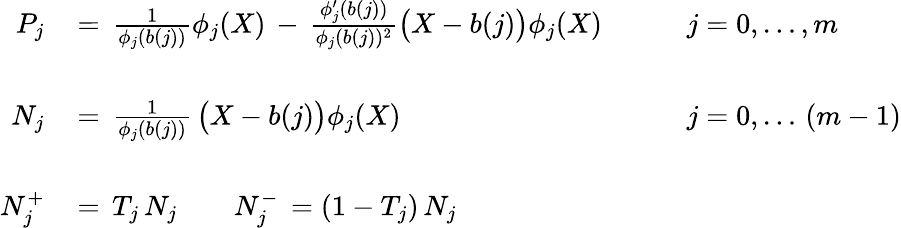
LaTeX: \begin{array}{rll}{{P_{j}\, }}&{{=\, \frac 1{\phi_{j}(b(j))}\phi_{j}(X)\, -\, \frac{\phi_{j}^{\prime}(b(j))}{\phi_{j}(b(j))^{2}}\bigl(X-b(j)\bigr)\phi_{j}(X)\qquad}}&{{j=0,\ldots,m}}\\ {{}}&{{}}&{{}}\\ {{N_{j}\, }}&{{=\, \frac 1{\phi_{j}(b(j))}\, \bigl(X-b(j)\bigr)\phi_{j}(X)\qquad}}&{{j=0,\ldots\, (m-1)}}\\ {{}}&{{}}&{{}}\\ {{N_{j}^{+}\, }}&{{=\, T_{j}\, N_{j}\qquad N_{j}^{-}\, =(1-T_{j})\, N_{j}}}\end{array}